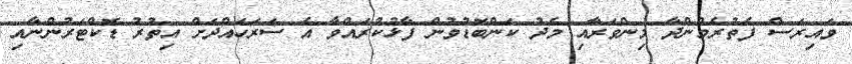
ވައިރަސް ފެތުރެމުންދާ މިންވަރާއި މެދު ކަންބޮޑުވުން ފާޅުކުރައްވާ އެ ސަރަހައްދަށް އިތުރު ޑޮކްޓަރުންނާއި